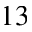
^ { 1 3 }